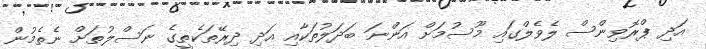
އަދި ޕްރޮވިންސް ލެވެލްގައި މޫސުމަށް އަންނަ ބަދަލުތަކާއި އަދި ދިރޭތަކެތީގެ ނަސްލުތަށް ނެތެމުން